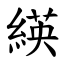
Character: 緓